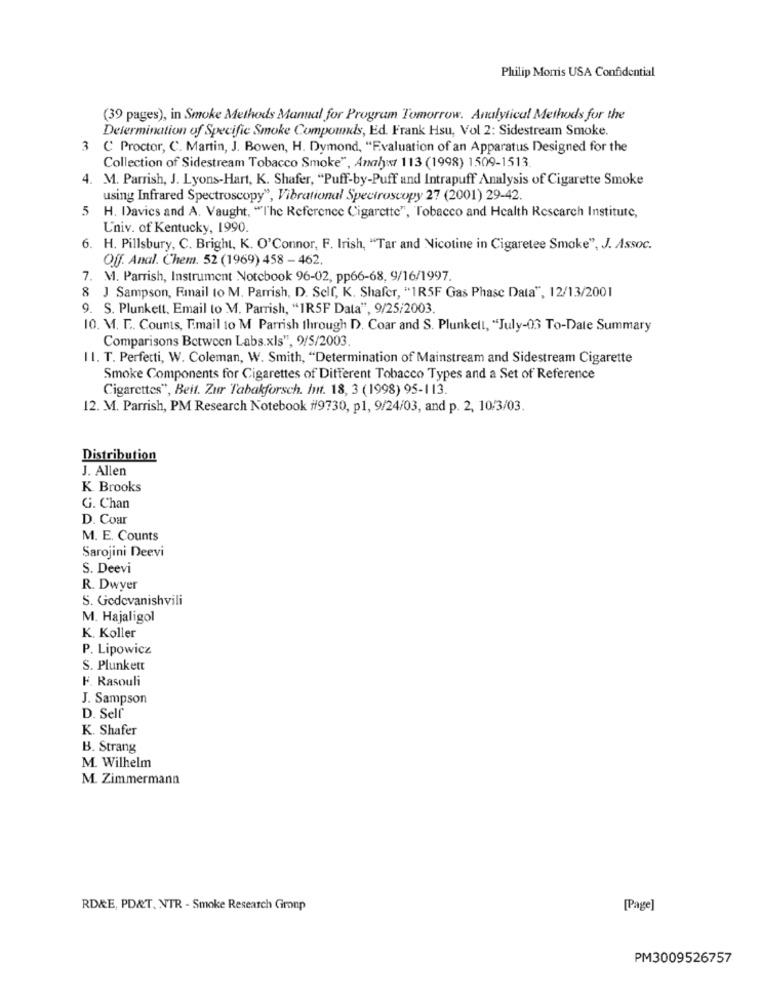
Philip Morris USA Confidential
(39 pages), in Smoke Methods Manual for Program Tomorrow. Analytical Methods for the
Determination of Specific Smoke Compounds, Ed. Frank Hsu, Vol 2: Sidestream Smoke.
3 C Proctor, C. Martin, J. Bowen, H. Dymond, "Evaluation of an Apparatus Designed for the
Collection of Sidestream Tobacco Smoke", Analyw/ 113 (1998) 1509-1513.
4. M. Parrish, J. Lyons-Hart, K. Shafer, "Puff-by-Puff and Intrapuff Analysis of Cigarette Smoke
using Infrared Spectroscopy", Vibrational Spectroscopy 27 (2001) 29-42
5
H. Davics and A. Vaught, "The Reference Cigarette", Tobacco and Health Research Institute,
Univ. of Kentucky, 1990.
H. Pillsbury, C. Bright, K. O'Connor, F. Irish, "Tar and Nicotine in Cigaretee Smoke", J. Assoc.
Off. Anal. Chem. 52 (1969) 458 - 462.
7. M. Parrish, Instrument Notebook 96-02, pp66-68, 9/16/1997.
8
J Sampson, Fumail to M. Parrish, D. Self, K. Shafer, "1R5F Gas Phase Data", 12/13/2001
9. S. Plunkett. Email to M. Parrish, "1R5F Data", 9/25/2003.
10. M. E. Counts, Email to M Parrish through D. Coar and S. Plunkell, "July-03 To-Date Summary
Comparisons Between Labs.xls", 9/5/2003.
II. T. Perfetti, W. Coleman, W. Smith, "Determination of Mainstream and Sidestream Cigarette
Smoke Components for Cigarettes of Different Tobacco Types and a Set of Reference
Cigarettes", Beit. Zur Tabakforsch. hit. 18, 3 (1998) 95-113.
12. M. Parrish, PM Research Notebook #9730, p1, 9/24/03, and p. 2, 10/3/03.
Distribution
J. Allen
K. Brooks
G. Chan
D. Coar
M. E. Counts
Sarojini Deevi
S. Deevi
R. Dwyer
S. Godevanishvili
M. Hajaligol
K. Koller
P. Lipowicz
S. Plunkett
F. Rasouli
J. Sampson
D. Self
K. Shafer
B. Strang
M. Wilhelm
M. Zimmermann
RDRE, PD&T. NTR - Smoke Research Group
[Page]
PM3009526757